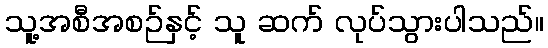
သူ့အစီအစဉ်နှင့် သူ ဆက် လုပ်သွားပါသည်။